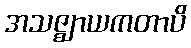
အသဇ္ဈာယကတာပိ